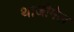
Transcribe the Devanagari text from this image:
थाजीमेल